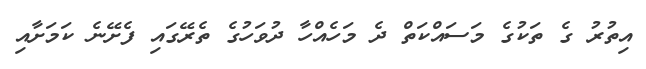
އިތުރު ގެ ތަކުގެ މަސައްކަތް ދެ މަހެއްހާ ދުވަހުގެ ތެރޭގައި ފެށޭނެ ކަމަށާއި